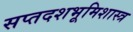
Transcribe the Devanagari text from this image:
सप्तदशभूमिशास्त्र